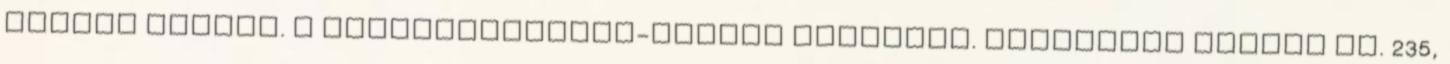
export sector. A constantmarket-shares analysis. Economics Series no. 235,